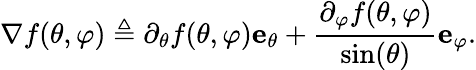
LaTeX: \nabla f(\theta,\varphi)\triangleq\partial_{\theta}f(\theta,\varphi)\mathbf{e}_{\theta}+\frac{\partial_{\varphi}f(\theta,\varphi)}{\sin(\theta)}\mathbf{e}_{\varphi}.